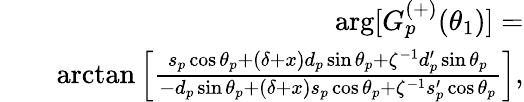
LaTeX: \begin{array}{rlr}&{}&{\arg[G_{p}^{(+)}(\theta_{1})]=}\\ &{}&{\arctan\left[\frac{s_{p}\cos\theta_{p}+\left(\delta+x\right)d_{p}\sin\theta_{p}+\zeta^{-1}d_{p}^{\prime}\sin\theta_{p}}{-d_{p}\sin\theta_{p}+\left(\delta+x\right)s_{p}\cos\theta_{p}+\zeta^{-1}s_{p}^{\prime}\cos\theta_{p}}\right],}\end{array}